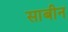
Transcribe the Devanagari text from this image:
साबीन